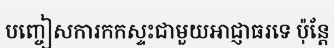
បញ្ចៀសការកកស្ទះជាមួយអាជ្ញាធរទេ ប៉ុន្តែ